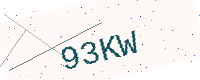
Text: 93KW